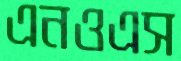
এনওএস